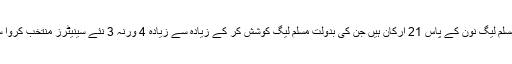
اس وقت مسلم لیگ نون کے پاس 21 ارکان ہیں جن کی بدولت مسلم لیگ کوشش کر کے زیادہ سے زیادہ 4 ورنہ 3 نئے سینیٹرز منتخب کروا سکتی ہے۔